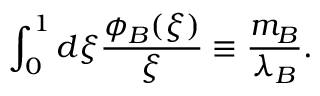
\int _ { 0 } ^ { 1 } d \xi \frac { \phi _ { B } ( \xi ) } { \xi } \equiv \frac { m _ { B } } { \lambda _ { B } } .